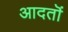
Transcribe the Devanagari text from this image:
आदतॊं